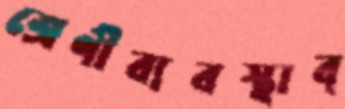
শ্রেণীব্যবস্থাব্